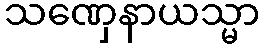
သဏှေနာယသ္မာ